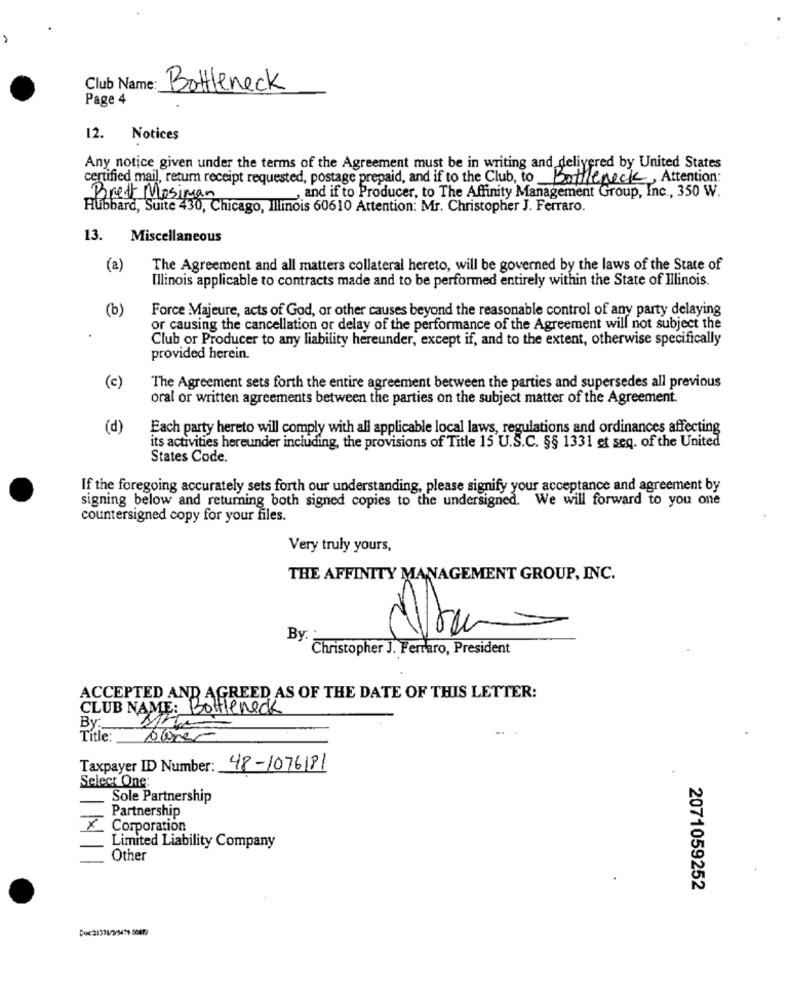
Club Name:
Bottleneck
Page 4
12.
Notices
Any notice given under the terms of the Agreement must be in writing and delivered by United States
certified mail, return receipt requested, postage prepaid, and if to the Club, to
Bottleneck, Attention:
and if to Producer, to The Affinity Management Group, Inc ., 350 W.
Brett Mosiman
Hubbard, Suite 430, Chicago, illinois 60610 Attention: Mr. Christopher J. Ferraro.
13. Miscellaneous
(a)
The Agreement and all matters collateral hereto, will be governed by the laws of the State of
Illinois applicable to contracts made and to be performed entirely within the State of Illinois.
(b)
Force Majeure, acts of God, or other causes beyond the reasonable control of any party delaying
or causing the cancellation or delay of the performance of the Agreement will not subject the
Club or Producer to any liability hereunder, except if, and to the extent, otherwise specifically
provided herein.
(c)
The Agreement sets forth the entire agreement between the parties and supersedes all previous
oral or written agreements between the parties on the subject matter of the Agreement.
(d)
Each party hereto will comply with all applicable local laws, regulations and ordinances affecting
its activities hereunder including, the provisions of Title 15 U.S.C. §§ 1331 et seq. of the United
States Code.
If the foregoing accurately sets forth our understanding, please signify your acceptance and agreement by
signing below and returning both signed copies to the undersigned. We will forward to you one
countersigned copy for your files.
Very truly yours,
THE AFFINITY MANAGEMENT GROUP, INC.
By: :
Christopher J. Ferraro, President
ACCEPTED AND AGREED AS OF THE DATE OF THIS LETTER:
CLUB NAME: Bottleneck
By:
Title:
owner
Taxpayer ID Number: 48-1076181
Select One
Sole Partnership
Partnership
×
Corporation
Limited Liability Company
Other
2071059252
Doc21311/35479 0082)